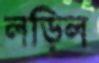
লড়িল